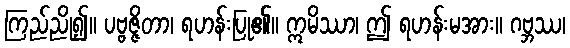
ကြည်ညို၍။ ပဗ္ဗဇ္ဇိတာ၊ ရဟန်းပြု၏။ ဣမိဿာ၊ ဤ ရဟန်းမအား။ ဂဗ္ဘဿ၊